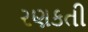
રણકતી